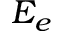
E _ { e }